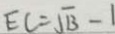
E C = \sqrt { 1 3 } - 1